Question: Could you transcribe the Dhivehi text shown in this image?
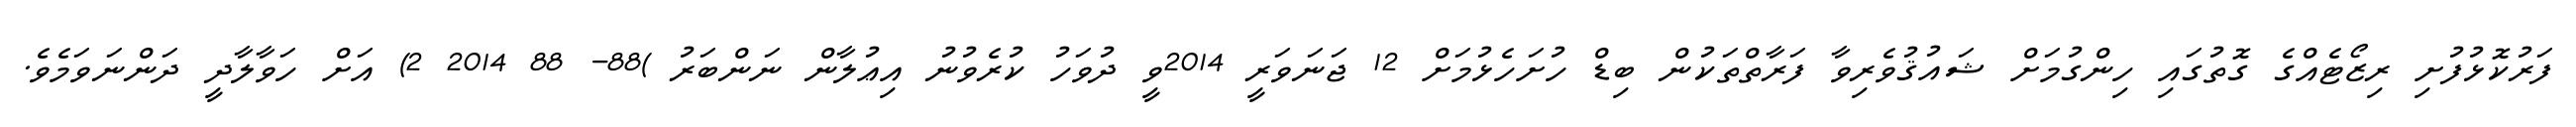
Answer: ފަރުކޮޅުފުށި ރިޒޯޓެއްގެ ގޮތުގައި ހިންގުމަށް ޝައުޤުވެރިވާ ފަރާތްތަކުން ބިޑް ހުށަހެޅުމަށް 12 ޖަނަވަރީ 2014ވީ ދުވަހު ކުރެވުނު އިޢުލާން ނަންބަރު )88- 88 2014 2) އަށް ހަވާލާދީ ދަންނަވަމެވެ.